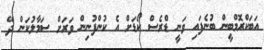
އަބަކްރޮމްބީން ބުނެފައި ވަނީ ޑްރެސް ކޯޑަށް އެ ކުންފުނިން ވަރަށް ސަމާލުކަން ދޭ